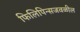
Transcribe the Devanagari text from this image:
फिलिपिन्सजवळील